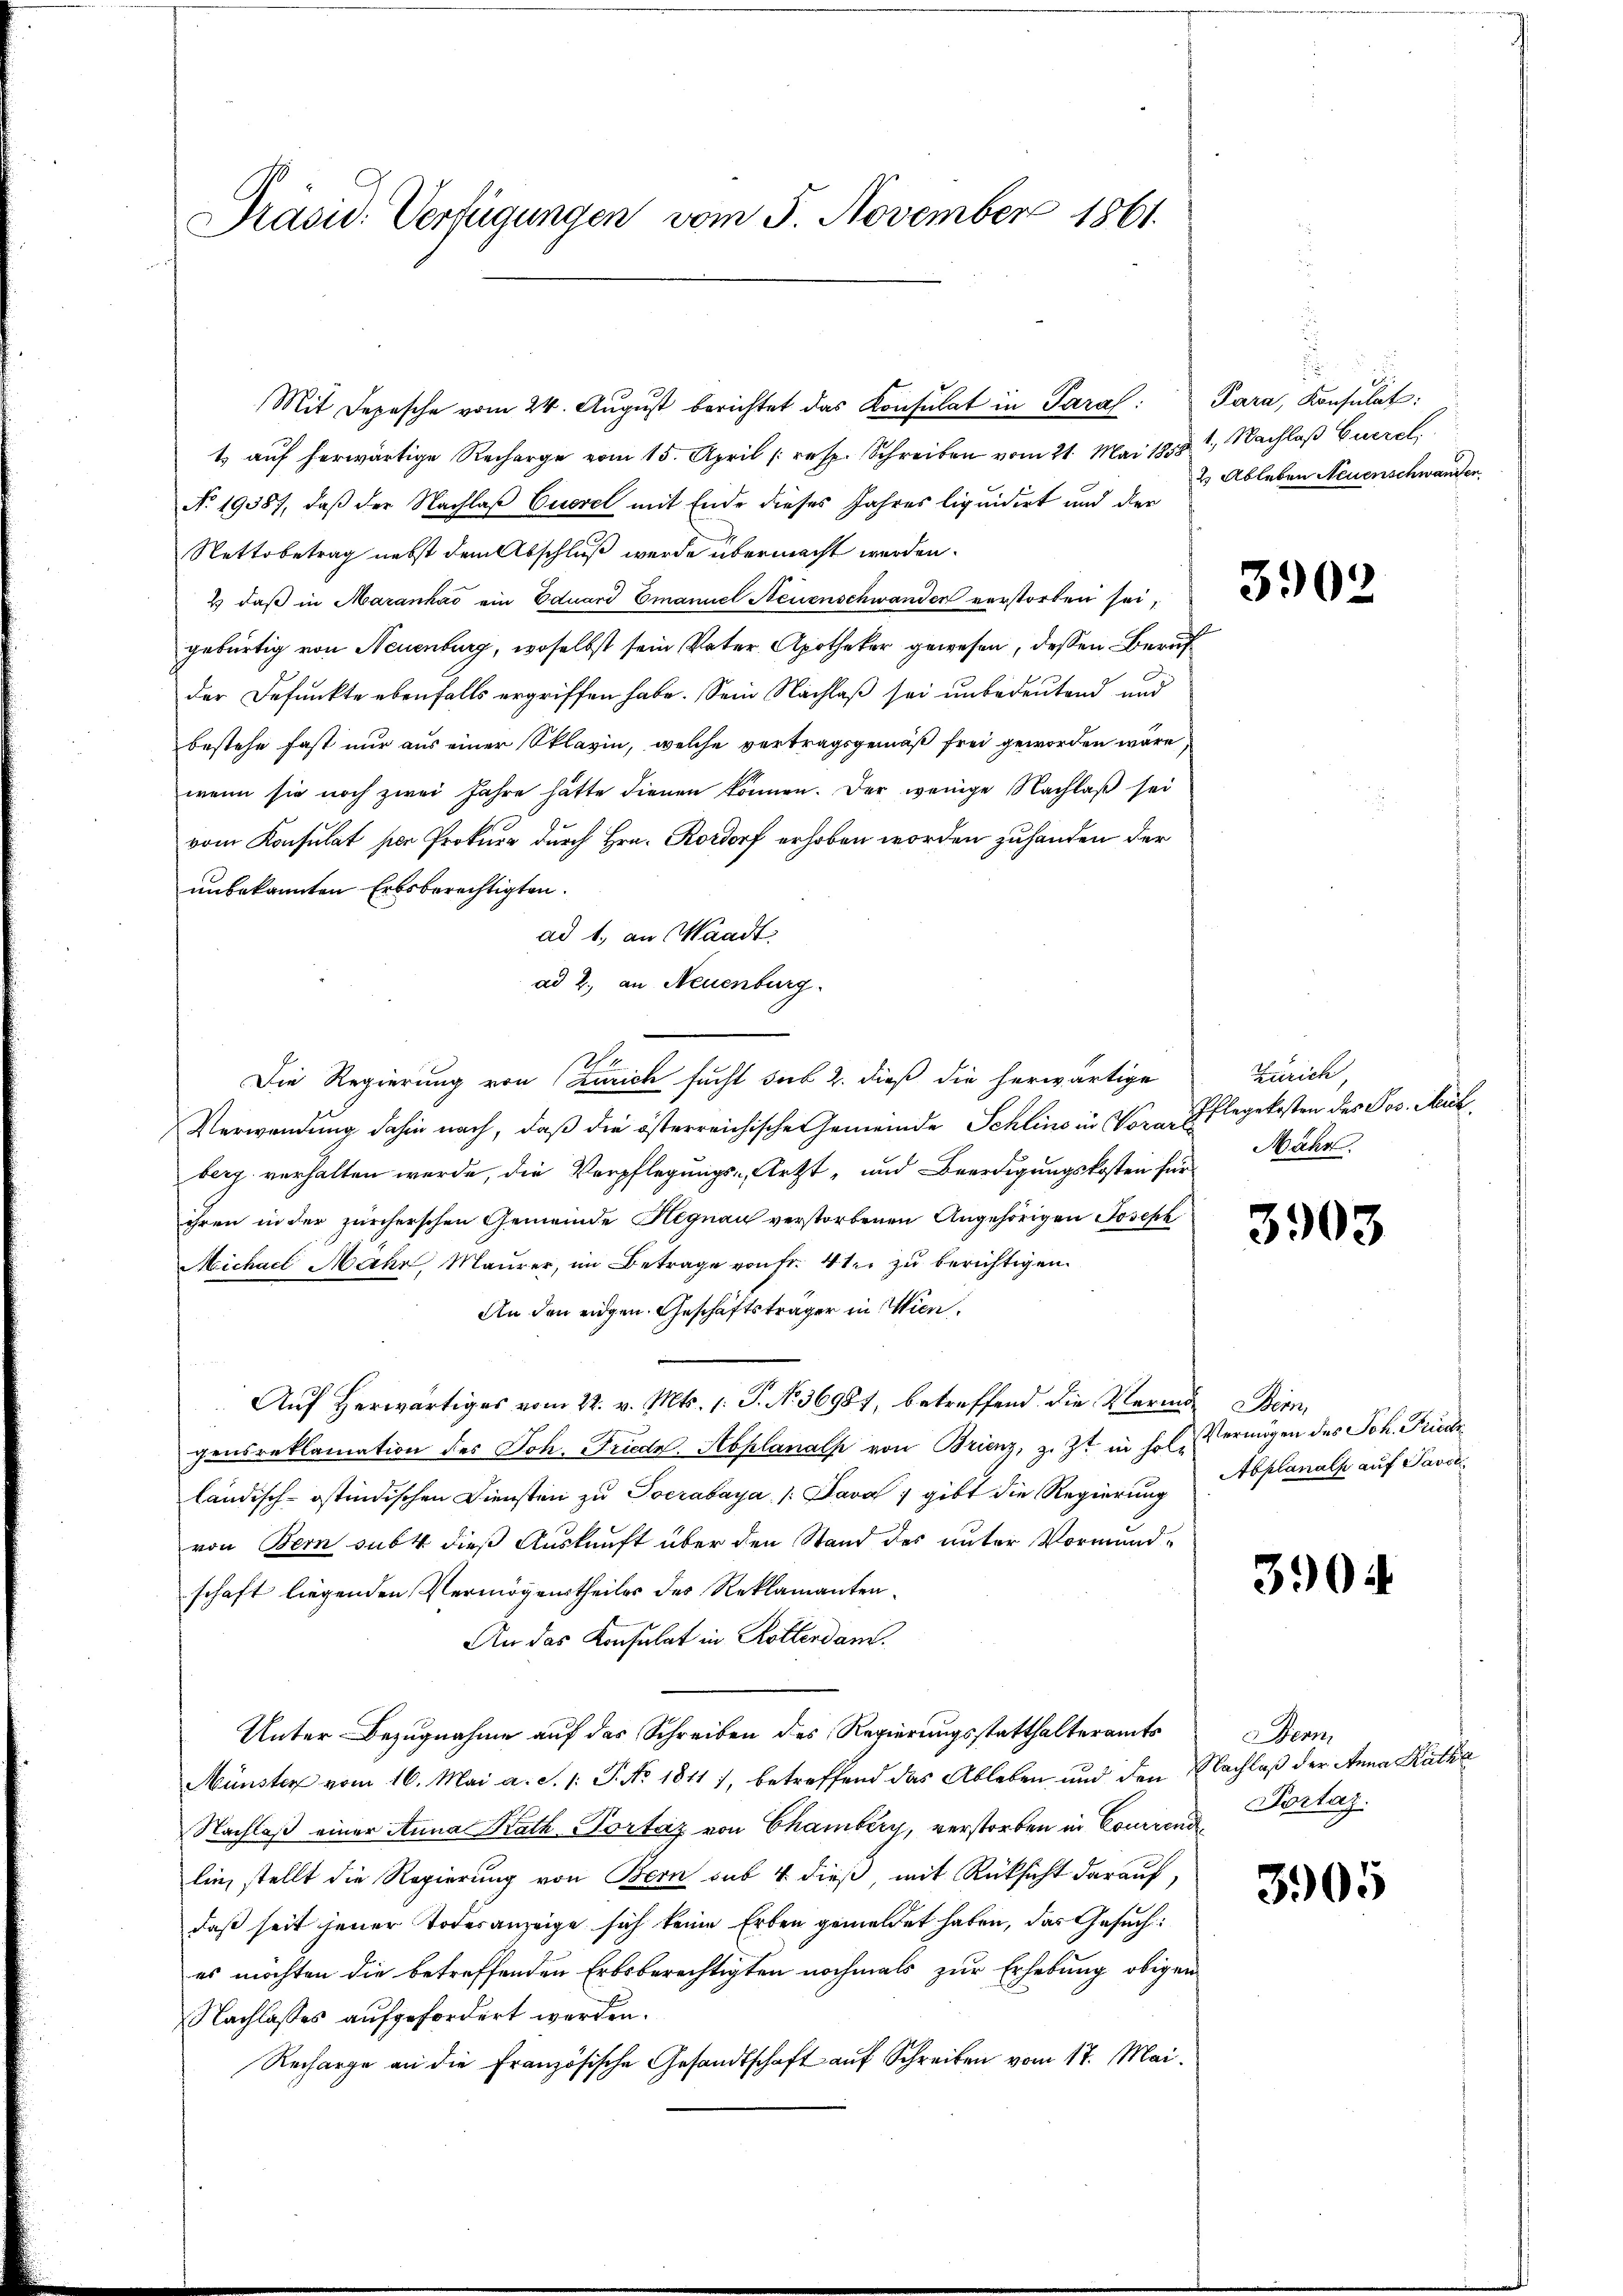
Präsid. Verfügungen vom 5. November 1861.

Mit Depesche vom 24. Aŭgŭst berichtet das Konsulat in Paral. Para, Konsulat:
t auf herwärtige Recharge vom 15. April (resp. Schreiben vom 21. Mai 1858
No. 19387, daß der Nachlaß Euerel mit Ende dieses Jahres liquidirt und der
Nettobetrag nebst dem Abschluß werde übermacht werden.
& daß in Maranhao ein Eduard Emanuel Neuenschwander verstorben sei,
gebürtig von Neuenburg, woselbst sein Vater Apotheker gewesen, dessen Beruf
der Befunkte ebenfalls ergriffen habe. Sein Nachlaß sei unbedeutend und
bestehe fast nur aus einer Sklavin, welche vertragsgemäß frei geworden wäre,
wenn sie noch zwei Jahre hätte dienen können. Der wenige Nachlaß sei
vom Konsulat per Prokura durch Hrn. Kordorf erhoben worden zuhanden der
unbekannten Erbsberechtigten.
ad 1., an Waadt
ad 2., an Neuenburg.
2
Die Regierung von Zürich sucht sub 2. dieß die herwärtige
Verwendung dahin nach, daß die österreichische Gemeinde Schlino in Vorar Pflegekosten des Jos. Meckberg verhalten werde, die Verpflegungs-, Arzt- und Beerdigungskosten für
ihren in der zürcherschen Gemeinde Hegnau verstorbenen Angehörigen Joseph
Michael Mahn, Maurer, im Betrage von Fr. 4 ten zu berichtigen.
An den eidgen. Geschäftsträger in Wien.
Aŭf herwärtiges vom 22. v. Mts. 1. P. N. 36981, betreffend die Marie Bern,
gensreklamation des Joh. Friede. Abplanach von Brienz, z. Zt. in hol. Vermögen des Joh. Friedr
ländisch-östindischen Diensten zu Socrabaya Java gibt die Regierung
von Bern subt dieß Auskunft über den Stand des unter Vormundschaft liegenden Vermögeurtheiles des Reklamanten¬
An das Konsulat in Rottendam.
Unter Bezugnahme auf das Schreiben des Regierungsstatthalteramts
Münster vom 16. Mai a. S. 1: P. No 1811), betreffend das Ableben und den Nachlaß der Anna Katha
Nachlaß einer Anna Rath Portaz von Chamberg, verstorben in Conirend
lin, stellt die Regierung von Bern sub 4 dieß mit Rücksicht darauf,
daß seit jener Todesanzeige sich keine Erben gemeldet haben, das Gesuch:
es möchten die betreffenden Erbsberechtigten nochmals zur Erhebung obigen
Nachlasses aufgefordert werden.
Recharge an die Französische Gesandtschaft auf Schreiben vom 17. Mai.

1., Nachlaß Euerel
2 Ableben Neuenschwanden

3902

Zürich,
Mahr.

3903

Abplanalp auf Javor

3904

Bern
Portaz.

3905